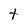
Character: t